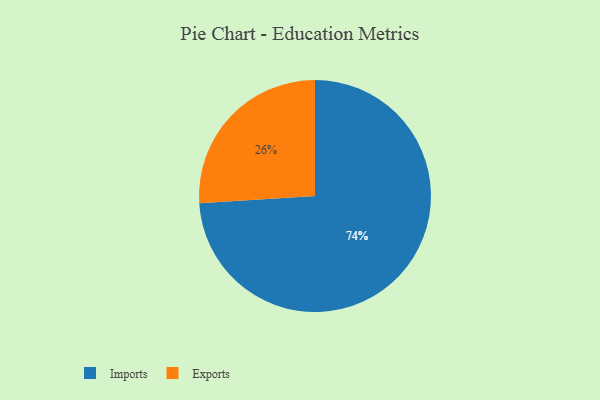
{"axis": {"x": "Category", "y": "Percentage"}, "legend": ["Exports", "Imports"], "data": [{"x": "Exports", "y": 26, "type": "Exports"}, {"x": "Imports", "y": 74, "type": "Imports"}]}